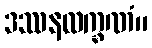
ဒဿနလက္ခဏံ။